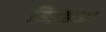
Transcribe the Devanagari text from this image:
सिद्धहस्त।